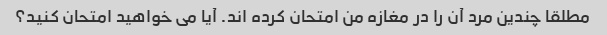
مطلقا چندین مرد آن را در مغازه من امتحان کرده اند. آیا می خواهید امتحان کنید؟